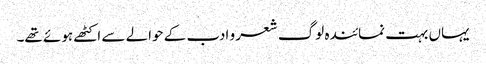
یہاں بہت نمائندہ لوگ شعر و ادب کے حوالے سے اکٹھے ہوئے تھے۔